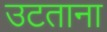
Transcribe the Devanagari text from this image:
उटताना